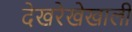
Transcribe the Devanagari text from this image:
देखरेखेखाली